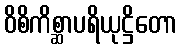
ဝိစိကိစ္ဆာပရိယုဋ္ဌိတော